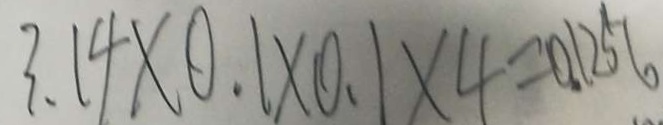
3 . 1 4 \times 0 . 1 \times 0 . 1 \times 4 = 0 . 1 2 5 6